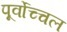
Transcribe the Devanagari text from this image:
पूर्वोच्चल